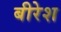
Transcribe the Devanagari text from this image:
बीरेश